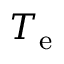
T _ { \mathrm { e } }